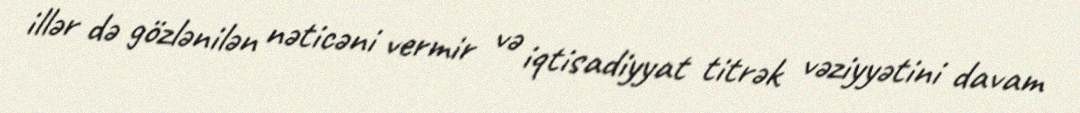
illər də gözlənilən nəticəni vermir və iqtisadiyyat titrək vəziyyətini davam